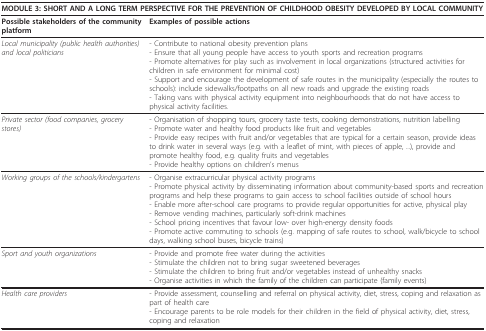
<table><thead><tr><td colspan="2"><b>MODULE 3: SHORT AND A LONG TERM PERSPECTIVE FOR THE PREVENTION OF CHILDHOOD OBESITY DEVELOPED BY LOCAL COMMUNITY</b></td></tr></thead><tbody><tr><td><b>Possible stakeholders of the community platform</b></td><td><b>Examples of possible actions</b></td></tr><tr><td><i>Local municipality (public health authorities) and local politicians</i></td><td>- Contribute to national obesity prevention plans- Ensure that all young people have access to youth sports and recreation programs- Promote alternatives for play such as involvement in local organizations (structured activities for children in safe environment for minimal cost)- Support and encourage the development of safe routes in the municipality (especially the routes to schools): include sidewalks/footpaths on all new roads and upgrade the existing roads- Taking vans with physical activity equipment into neighbourhoods that do not have access to physical activity facilities.</td></tr><tr><td><i>Private sector (food companies, grocery stores)</i></td><td>- Organisation of shopping tours, grocery taste tests, cooking demonstrations, nutrition labelling- Promote water and healthy food products like fruit and vegetables- Provide easy recipes with fruit and/or vegetables that are typical for a certain season, provide ideas to drink water in several ways (e.g. with a leaflet of mint, with pieces of apple, ...), provide and promote healthy food, e.g. quality fruits and vegetables- Provide healthy options on children&#x27;s menus</td></tr><tr><td><i>Working groups of the schools/kindergartens</i></td><td>- Organise extracurricular physical activity programs- Promote physical activity by disseminating information about community-based sports and recreation programs and help these programs to gain access to school facilities outside of school hours- Enable more after-school care programs to provide regular opportunities for active, physical play- Remove vending machines, particularly soft-drink machines- School pricing incentives that favour low- over high-energy density foods- Promote active commuting to schools (e.g. mapping of safe routes to school, walk/bicycle to school days, walking school buses, bicycle trains)</td></tr><tr><td><i>Sport and youth organizations</i></td><td>- Provide and promote free water during the activities- Stimulate the children not to bring sugar sweetened beverages- Stimulate the children to bring fruit and/or vegetables instead of unhealthy snacks- Organise activities in which the family of the children can participate (family events)</td></tr><tr><td><i>Health care providers</i></td><td>- Provide assessment, counselling and referral on physical activity, diet, stress, coping and relaxation as part of health care- Encourage parents to be role models for their children in the field of physical activity, diet, stress, coping and relaxation</td></tr></tbody></table>